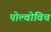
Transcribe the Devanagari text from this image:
पोल्वोविच